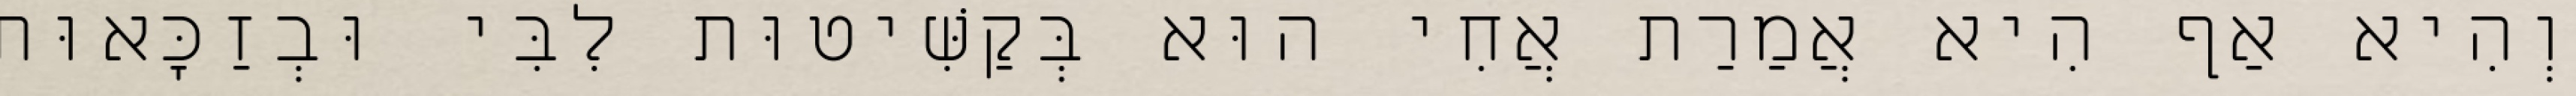
וְהִיא אַף הִיא אֲמַרַת אֲחִי הוּא בְּקַשִּׁיטוּת לִבִּי וּבְזַכָּאוּת